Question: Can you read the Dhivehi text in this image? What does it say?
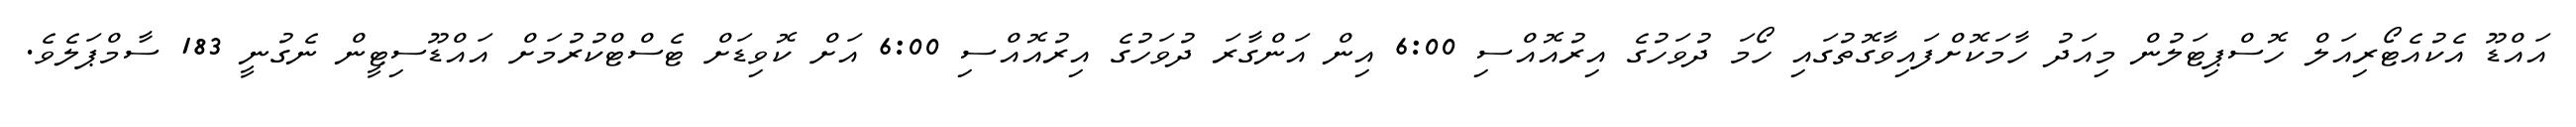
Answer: އައްޑޫ އެކުއެޓޯރިއަލް ހޮސްޕިޓަލުން މިއަދު ހާމަކޮށްފައިވާގޮތުގައި ހޯމަ ދުވަހުގެ އިރުއޮއްސި 6:00 އިން އަންގާރަ ދުވަހުގެ އިރުއޮއްސި 6:00 އަށް ކޮވިޑަށް ޓެސްޓްކުރުމަށް އައްޑޫސިޓީން ނެގުނީ 183 ސާމްޕަލެވެ.